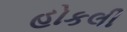
હોકલી